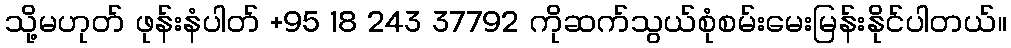
သို့မဟုတ် ဖုန်းနံပါတ် +95 18 243 37792 ကိုဆက်သွယ်စုံစမ်းမေးမြန်းနိုင်ပါတယ်။